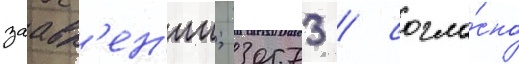
заавл'ен'ии; 30573 / согла́сно